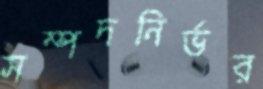
সম্পদনির্ভর